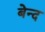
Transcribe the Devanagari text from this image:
बेन्द